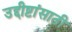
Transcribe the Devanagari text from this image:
उद्दीष्टांसाठी